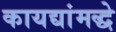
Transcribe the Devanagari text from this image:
कायद्यांमद्धे